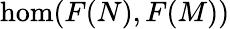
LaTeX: \hom(F(N),F(M))